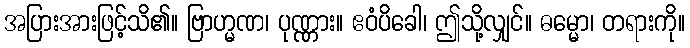
အပြားအားဖြင့်သိ၏။ ဗြာဟ္မဏ၊ ပုဏ္ဏား။ ဧဝံပိခေါ၊ ဤသို့လျှင်။ ဓမ္မော၊ တရားကို။